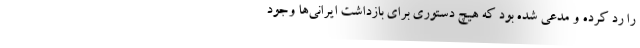
را رد کرده و مدعی شده بود که هیچ دستوری برای بازداشت ایرانی‌ها وجود